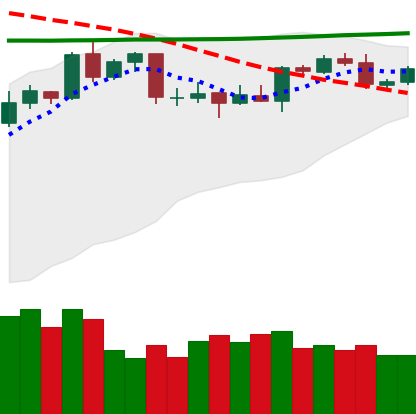
Ticker: XMR-USD
Chart end date: 2020-04-22
Forward return: 9.773%
Label: up_7plus